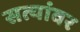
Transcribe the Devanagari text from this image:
सत्यांवर